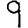
Digit: 9